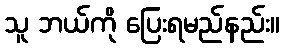
သူ ဘယ်ကို ပြေးရမည်နည်း။